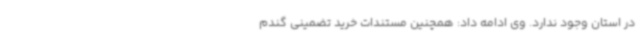
در استان وجود ندارد. وی ادامه داد: همچنین مستندات خرید تضمینی گندم